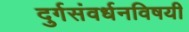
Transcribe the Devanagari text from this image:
दुर्गसंवर्धनविषयी